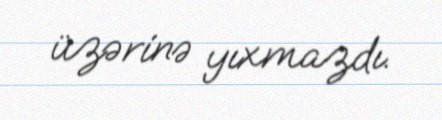
üzərinə yıxmazdı.